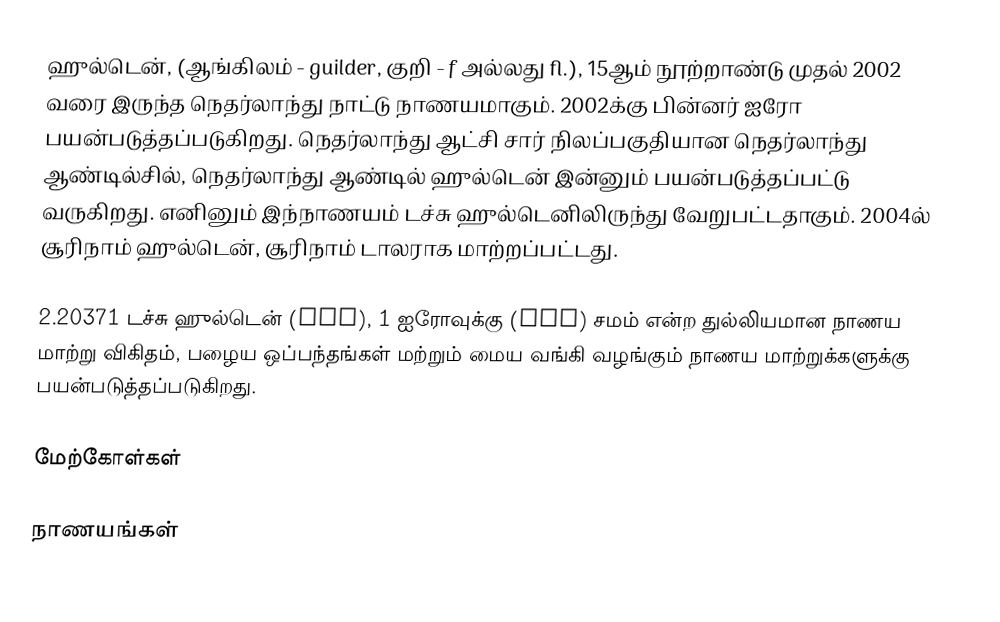
ஹுல்டென், (ஆங்கிலம் - guilder, குறி - ƒ அல்லது fl.), 15ஆம் நூற்றாண்டு முதல் 2002 வரை இருந்த நெதர்லாந்து நாட்டு நாணயமாகும். 2002க்கு பின்னர் ஐரோ பயன்படுத்தப்படுகிறது. நெதர்லாந்து ஆட்சி சார் நிலப்பகுதியான நெதர்லாந்து ஆண்டில்சில், நெதர்லாந்து ஆண்டில் ஹுல்டென் இன்னும் பயன்படுத்தப்பட்டு வருகிறது. எனினும் இந்நாணயம் டச்சு ஹுல்டெனிலிருந்து வேறுபட்டதாகும். 2004ல் சூரிநாம் ஹுல்டென், சூரிநாம் டாலராக மாற்றப்பட்டது.

2.20371 டச்சு ஹுல்டென் (NLG), 1 ஐரோவுக்கு (EUR) சமம் என்ற துல்லியமான நாணய மாற்று விகிதம், பழைய ஒப்பந்தங்கள் மற்றும் மைய வங்கி வழங்கும் நாணய மாற்றுக்களுக்கு பயன்படுத்தப்படுகிறது.

மேற்கோள்கள்

நாணயங்கள்